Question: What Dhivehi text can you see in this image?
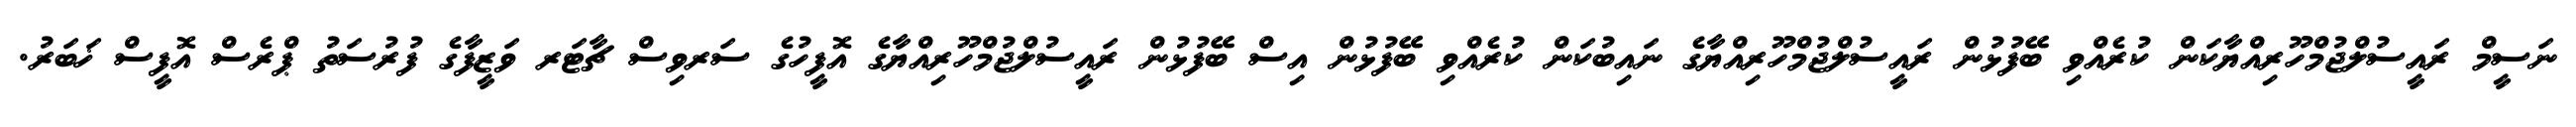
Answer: ނަސީމް ރައީސުލްޖުމްހޫރިއްޔާކަން ކުރެއްވި ބޭފުޅުން ރައީސުލްޖުމްހޫރިއްޔާގެ ނައިބުކަން ކުރެއްވި ބޭފުޅުން އިސް ބޭފުޅުން ރައީސުލްޖުމްހޫރިއްޔާގެ އޮފީހުގެ ސަރވިސް ޗާޓަރ ވަޒީފާގެ ފުރުސަތު ޕްރެސް އޮފީސް ޚަބަރު.